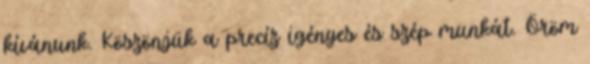
kívánunk. Köszönjük a precíz igényes és szép munkát. Öröm